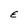
Character: E